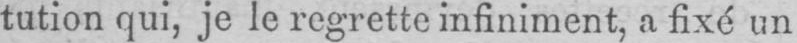
tution qui, je le regrette infiniment, a fixé un